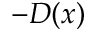
- D ( x )